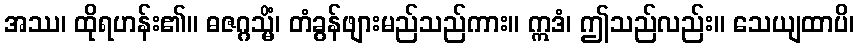
အဿ၊ ထိုရဟန်း၏။ ဓဇဂ္ဂသ္မိံ၊ တံခွန်ဖျားမည်သည်ကား။ ဣဒံ၊ ဤသည်လည်း။ သေယျထာပိ၊